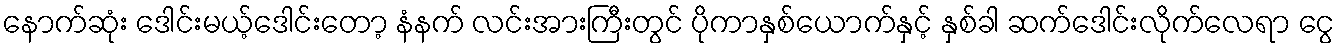
နောက်ဆုံး ဒေါင်းမယ့်ဒေါင်းတော့ နံနက် လင်းအားကြီးတွင် ပိုကာနှစ်ယောက်နှင့် နှစ်ခါ ဆက်ဒေါင်းလိုက်လေရာ ငွေ